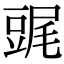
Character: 䜸